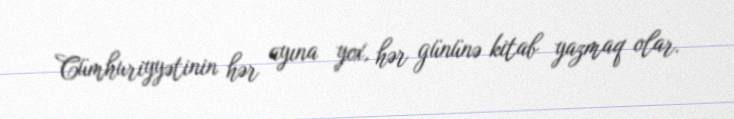
Cümhuriyyətinin hər ayına yox, hər gününə kitab yazmaq olar.